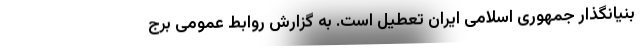
بنیانگذار جمهوری اسلامی ایران تعطیل است. به گزارش روابط عمومی برج